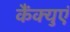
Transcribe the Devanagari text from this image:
कैंक्युएं